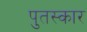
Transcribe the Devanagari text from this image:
पुतस्कार